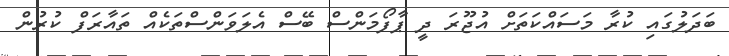
ބަދަލުގައި ކުރާ މަސައްކަތަށް އުޖޫރަ ދީ ޕާފޯމަންސް ބޭސް އެލަވަންސްތަކެއް ތައާރަފް ކުރުން